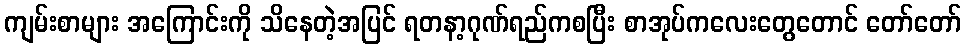
ကျမ်းစာများ အကြောင်းကို သိနေတဲ့အပြင် ရတနာ့ဂုဏ်ရည်ကစပြီး စာအုပ်ကလေးတွေတောင် တော်တော်